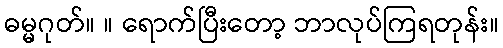
ဓမ္မဂုတ်။ ။ ရောက်ပြီးတော့ ဘာလုပ်ကြရတုန်း။